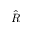
\hat { R }